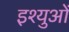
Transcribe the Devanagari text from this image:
इश्युओं